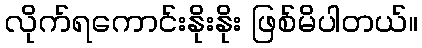
လိုက်ရကောင်းနိုးနိုး ဖြစ်မိပါတယ်။